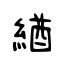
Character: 緧